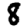
Digit: 8